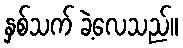
နှစ်သက် ခဲ့လေသည်။